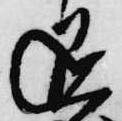
退